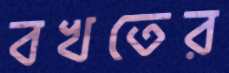
বখতের